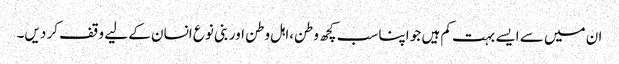
ان میں سے ایسے بہت کم ہیں جو اپنا سب کچھ وطن،اہل وطن اور بنی نوع انسان کے لیے وقف کر دیں۔